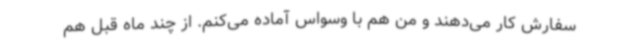
سفارش کار می‌دهند و من هم با وسواس آماده می‌کنم. از چند ماه قبل هم